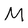
Character: M